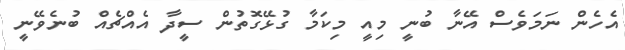
އެހެން ނަމަވެސް އޭނާ ބުނީ މިއީ މިކަމާ ގުޅޭގޮތުން ސީދާ އެއްޗެއް ބުނެވޭނީ